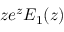
z e ^ { z } E _ { 1 } ( z )